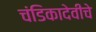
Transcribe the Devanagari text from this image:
चंडिकादेवीचे